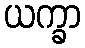
ယက္ခာ